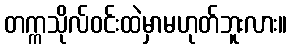
တက္ကသိုလ်ဝင်းထဲမှာမဟုတ်ဘူးလား။